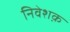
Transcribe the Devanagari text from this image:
निवेशक़